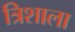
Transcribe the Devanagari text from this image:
त्रिशाला